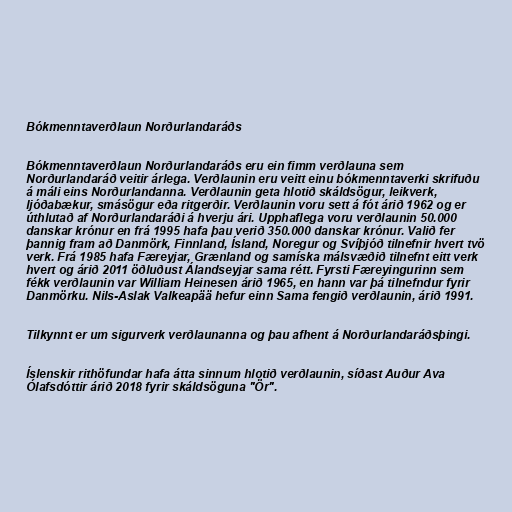
Bókmenntaverðlaun Norðurlandaráðs

Bókmenntaverðlaun Norðurlandaráðs eru ein fimm verðlauna sem
Norðurlandaráð veitir árlega. Verðlaunin eru veitt einu bókmenntaverki skrifuðu
á máli eins Norðurlandanna. Verðlaunin geta hlotið skáldsögur, leikverk,
ljóðabækur, smásögur eða ritgerðir. Verðlaunin voru sett á fót árið 1962 og er
úthlutað af Norðurlandaráði á hverju ári. Upphaflega voru verðlaunin 50.000
danskar krónur en frá 1995 hafa þau verið 350.000 danskar krónur. Valið fer
þannig fram að Danmörk, Finnland, Ísland, Noregur og Svíþjóð tilnefnir hvert tvö
verk. Frá 1985 hafa Færeyjar, Grænland og samíska málsvæðið tilnefnt eitt verk
hvert og árið 2011 öðluðust Álandseyjar sama rétt. Fyrsti Færeyingurinn sem
fékk verðlaunin var William Heinesen árið 1965, en hann var þá tilnefndur fyrir
Danmörku. Nils-Aslak Valkeapää hefur einn Sama fengið verðlaunin, árið 1991.

Tilkynnt er um sigurverk verðlaunanna og þau afhent á Norðurlandaráðsþingi.

Íslenskir rithöfundar hafa átta sinnum hlotið verðlaunin, síðast Auður Ava
Ólafsdóttir árið 2018 fyrir skáldsöguna "Ör".